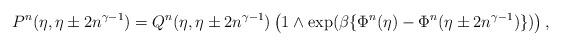
LaTeX: \begin{align*} P^n(\eta, \eta \pm 2 n^{\gamma - 1}) = Q^n(\eta, \eta \pm 2 n^{\gamma - 1}) \left( 1 \wedge \exp (\beta \{\Phi^n(\eta) - \Phi^n(\eta \pm 2 n^{\gamma - 1})\}) \right),\end{align*}